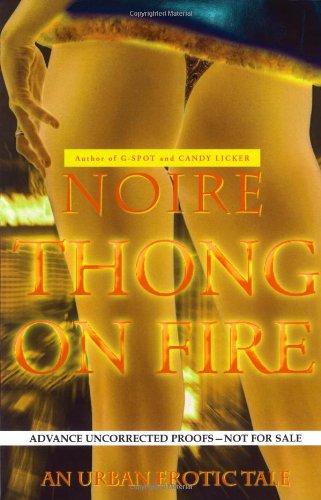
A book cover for Thong on Fire: An Urban Erotic Tale; Noire; Romance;